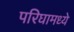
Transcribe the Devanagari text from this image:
परिघामध्ये